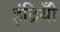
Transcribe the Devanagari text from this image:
इंद्रियोँ